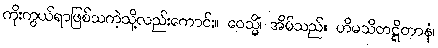
ကိုးကွယ်ရာဖြစ်သကဲ့သို့လည်းကောင်း။ ဝေသ္မိံ၊ အိမ်သည်။ ဟိမသိတဋ္ဋိတာနံ၊